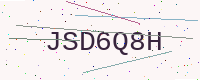
Text: JSD6Q8H